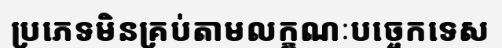
ប្រភេទមិនគ្រប់តាមលក្ខណៈបច្ចេកទេស